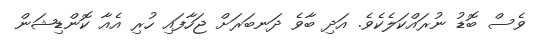
ވެސް ބޮޑު ނުރައްކަލެކެވެ. އަދި ބާވެ ދަނބަރަށް ޖަހާފައި ހުރި އެއާ ކޮންޑިޝަން